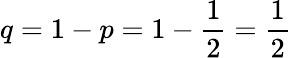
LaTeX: q=1-p=1-{\frac{1}{2}}={\frac{1}{2}}